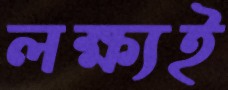
লক্ষ্যই